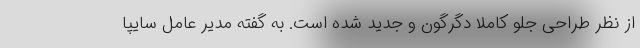
از نظر طراحی جلو کاملاً دگرگون و جدید شده است. به گفته مدیر عامل سایپا